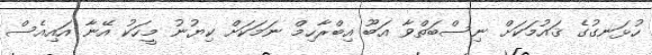
ހުޅަނގުގެ ޤައުމަކަށް ނިސްބަތްވާ އަބޫ އިބްރާހިމް ނަމަކަށް ކިޔުނު މީހަކު އޭނާ އައިއެސް